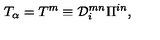
T _ { \alpha } = T ^ { m } \equiv { \cal D } _ { i } ^ { m n } \Pi ^ { i n } ,